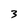
Character: 3